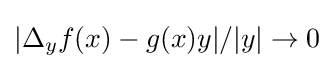
|\Delta _{y}f(x)-g(x)y|/|y|\to 0